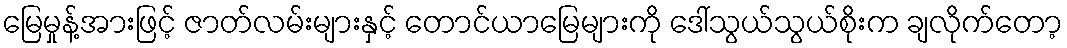
မြေမှုန့်အားဖြင့် ဇာတ်လမ်းများနှင့် တောင်ယာမြေများကို ဒေါ်သွယ်သွယ်စိုးက ချလိုက်တော့